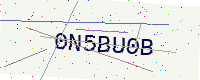
Text: 0N5BU0B